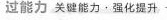
过能力 关键能力 ▪ 强化提升